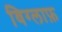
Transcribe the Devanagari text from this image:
विग्लाफ़